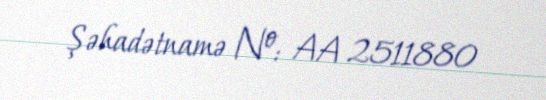
Şəhadətnamə №: AA 2511880